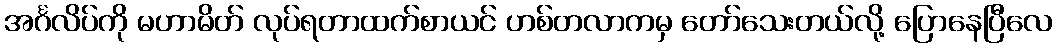
အင်္ဂလိပ်ကို မဟာမိတ် လုပ်ရတာထက်စာယင် ဟစ်တလာကမှ တော်သေးတယ်လို့ ပြောနေပြီလေ